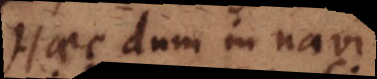
Haec dum in navi